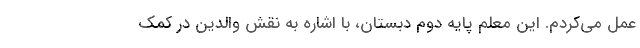
عمل می‌کردم. این معلم پایه دوم دبستان، با اشاره به نقش والدین در کمک